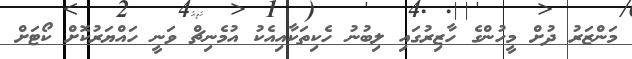
މަންޒަރު ދުށް މީހުންގެ ހާޒިރުގައި ލިބުނު ހެކިތަކާއިއެކު އުމެނިޗް ވަނީ ހައްޔަރުކޮށް ކޯޓަށް